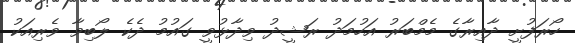
ހޯރަފުށީ ދާއިރާގެ މެމްބަރު އަހުމަދު ރަޝީދު ވިދާޅުވީ ގައުމު ދެކެ ލޯބިވާ ވެރިއަކު